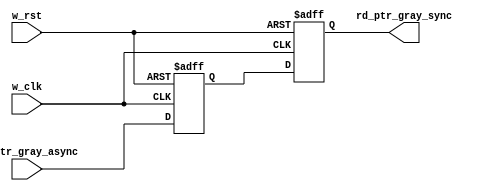
`timescale 1ns / 1ps
//////////////////////////////////////////////////////////////////////////////////
// Company: 
// Engineer: 
// 
// Design Name: 
// Module Name: Synchronizer_r2w
// Project Name: 
// Target Devices: 
// Tool Versions: 
// Description: 
// 
// Dependencies: 
// 
// Revision:
// Revision 0.01 - File Created
// Additional Comments:
// 
//////////////////////////////////////////////////////////////////////////////////


module Synchronizer_r2w #(
    parameter NUM_BITS = 4
)
(
    input wire w_clk,
    input wire w_rst,
    input wire [NUM_BITS-1:0] rd_ptr_gray_async,
    output reg [NUM_BITS-1:0] rd_ptr_gray_sync
    );
    /// Initializing the intermediate connection between 2 D-ff
     reg [NUM_BITS-1:0]rd_ptr_gray_int;
     
     ///AT EVERY POSITIVE CLOCK EDGE THE two D-ffs assign their input to the outputs
     always @(posedge w_clk or negedge w_rst) begin
        if (!w_rst) 
            {rd_ptr_gray_sync,rd_ptr_gray_int} <= 0; 
         else 
            {rd_ptr_gray_sync,rd_ptr_gray_int} <= {rd_ptr_gray_int,rd_ptr_gray_async};         
      end
      
endmodule